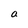
Character: a